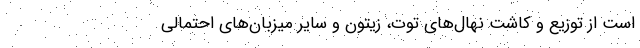
است از توزیع و کاشت نهال‌های توت، زیتون و سایر میزبان‌های احتمالی